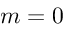
m = 0